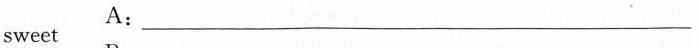
A:sweet ___